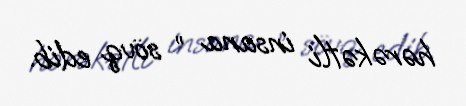
hərəkətli insana ” sövq edib.